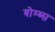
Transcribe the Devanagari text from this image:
बोम्ब्स